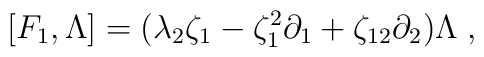
[F_1, \Lambda] = (\lambda_2\zeta_1-\zeta^2_1 \partial_1+\zeta_{12}\partial_2) \Lambda \; ,